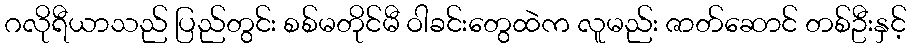
ဂလိုရီယာသည် ပြည်တွင်း စစ်မတိုင်မီ ဝါခင်းတွေထဲက လူမည်း ဇာတ်ဆောင် တစ်ဦးနှင့်